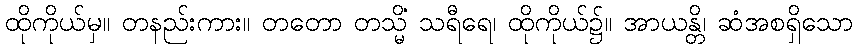
ထိုကိုယ်မှ။ တနည်းကား။ တတော တသ္မိံ သရီရေ၊ ထိုကိုယ်၌။ အာယန္တိ၊ ဆံအစရှိသော